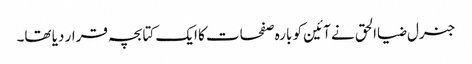
جنرل ضیاالحق نے آئین کو بارہ صفحات کا ایک کتابچہ قرار دیا تھا۔